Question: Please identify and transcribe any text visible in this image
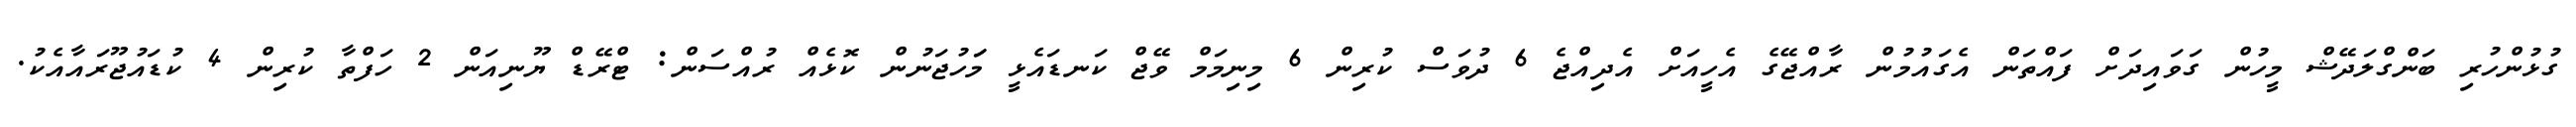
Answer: ގުޅުންހުރި ބަންގްލަދޭޝް މީހުން ގަވައިދަށް ފައްތަން އެގައުމުން ރާއްޖޭގެ އެހީއަށް އެދިއްޖެ 6 ދުވަސް ކުރިން 6 މިނިމަމް ވޭޖް ކަނޑައެޅީ މަަހުޖަނުން ކޮޅެއް ރުއްސަން: ޓްރޭޑް ޔޫނިއަން 2 ހަފްތާ ކުރިން 4 ކުޑައުޖޫރައާއެކު.